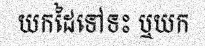
យកដៃទៅទះ ឬយក